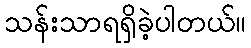
သန်းသာရရှိခဲ့ပါတယ်။